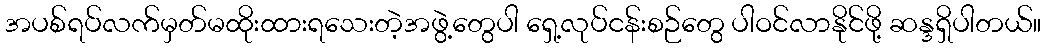
အပစ်ရပ်လက်မှတ်မထိုးထားရသေးတဲ့အဖွဲ့တွေပါ ရှေ့လုပ်ငန်းစဉ်တွေ ပါဝင်လာနိုင်ဖို့ ဆန္ဒရှိပါတယ်။